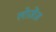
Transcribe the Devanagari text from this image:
लोज़ेंज़